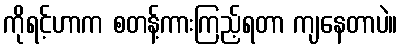
ကိုရင့်ဟာက စတန့်ကားကြည့်ရတာ ကျနေတာပဲ။